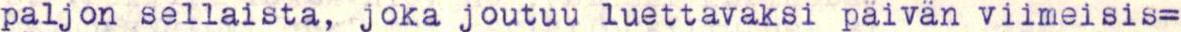
paljon sellaista, joka joutuu luettavaksi päivän viimeisis=